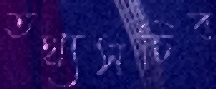
তথ্যসচিব